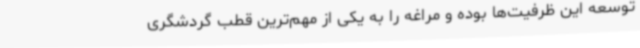
توسعه این ظرفیت‌ها بوده و مراغه را به یکی از مهم‌ترین قطب گردشگری